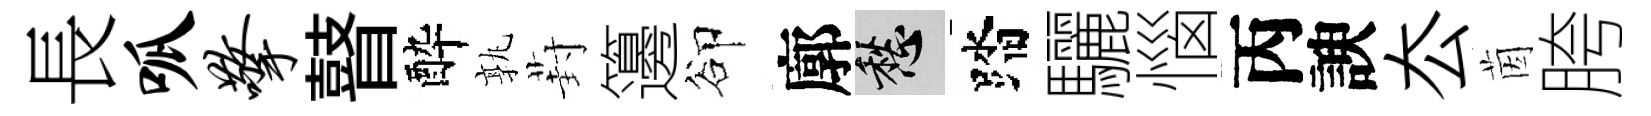
長呱擎瞽酔孰葑籩卻廓愁踏驪惱丙諛厺茵胯